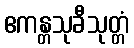
ဧကန္တသုခီသုတ္တံ